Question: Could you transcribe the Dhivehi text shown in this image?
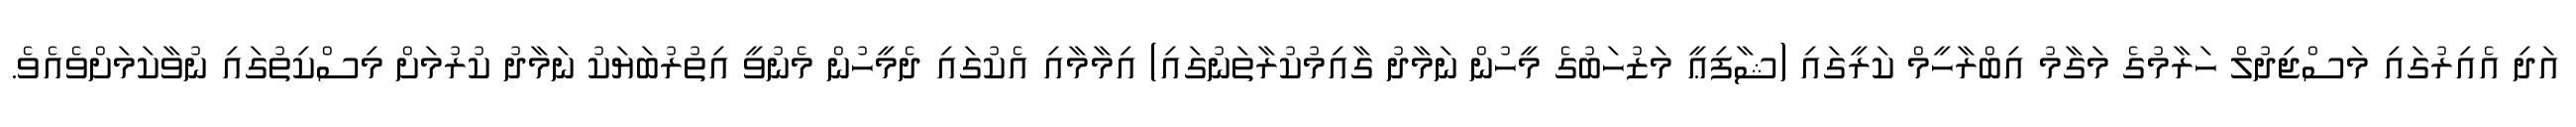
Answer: އަދި އެއިރުގައި މަސްޖިދުލް ހަރާމުގެ މަގާމު އިބްރާހީމް ކަރީގައި (ޝާފިޢީ މަޒުހަބުގެ މީހުން ނަމާދު ގާއިމުކުރާތަނުގައި) އިމާމާއި އެކުގައި ދެމީހުން މެނުވީ އިތުރުބަޔަކު ނަމާދު ކުރުމަށް މިސްކިތުގައި ނުވާކަމަށްވެއެވެ.